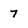
Character: 7